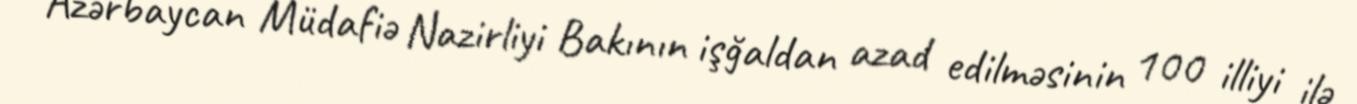
Azərbaycan Müdafiə Nazirliyi Bakının işğaldan azad edilməsinin 100 illiyi ilə